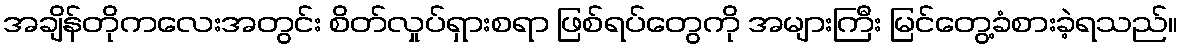
အချိန်တိုကလေးအတွင်း စိတ်လှုပ်ရှားစရာ ဖြစ်ရပ်တွေကို အများကြီး မြင်တွေ့ခံစားခဲ့ရသည်။